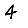
Digit: 4